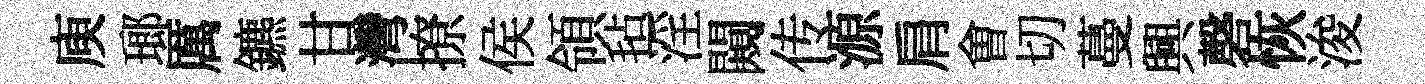
庾瑯厲鑣甘灣撩侯領毡淫闚传源肩㑹切蔓興磬恢浚